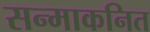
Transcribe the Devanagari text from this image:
सन्माकनित